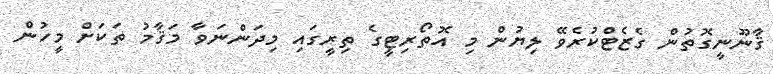
ޤާނޫނީގޮތުން ގެޒެޓްކުރެވޭ ލިޔުން މި އޮތޯރިޓީގެ ތިރީގައި މިދަންނަވާ މަޤާމު ތަކަށް މީހުން